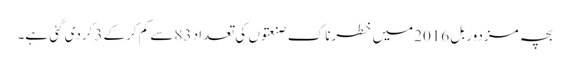
بچہ مزدور بل 2016میں خطرناک صنعتوں کی تعداد 83سے کم کرکے 3کردی گئی ہے۔